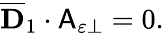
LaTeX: \begin{array}{r}{\overline{{\mathbf{D}}}_{1}\cdot\mathsf{A}_{\varepsilon\perp}=0.}\end{array}